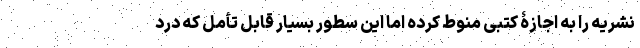
نشریه را به اجازۀ کتبی منوط کرده اما این سطور بسیار قابل تأمل که درد